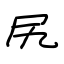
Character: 尻